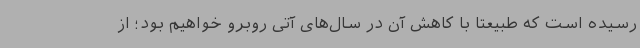
رسیده است که طبیعتا با کاهش آن در سال‌های آتی روبرو خواهیم بود؛ از